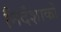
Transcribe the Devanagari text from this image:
निर्देंशाकों